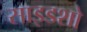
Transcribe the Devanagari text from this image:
साइडशो